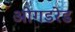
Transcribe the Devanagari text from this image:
ओगडरेड